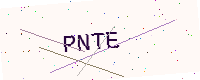
Text: PNTE